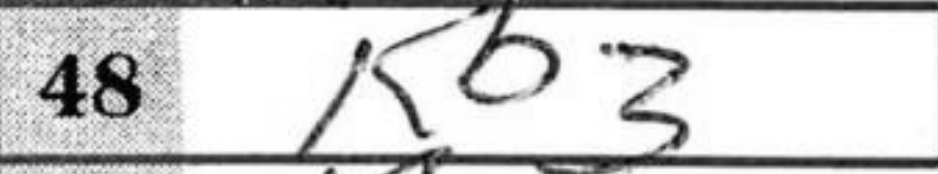
Transcription: Kb3